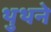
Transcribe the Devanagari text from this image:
थुथने